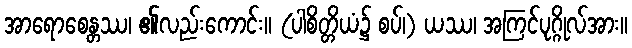
အာရောစေန္တဿ၊ ၏လည်းကောင်း။ (ပါစိတ္တိယံ၌ စပ်၊) ယဿ၊ အကြင်ပုဂ္ဂိုလ်အား။